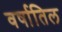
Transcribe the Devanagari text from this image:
वर्षातिल